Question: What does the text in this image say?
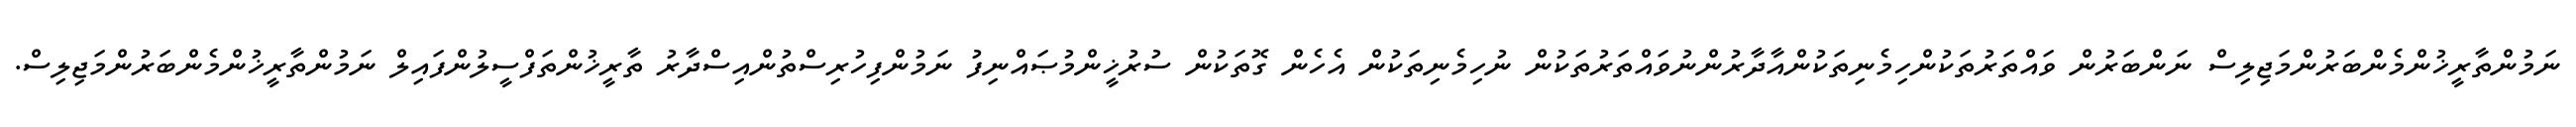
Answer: ނަމުންތާރީޚުންމެންބަރުންމަޖިލިސް ނަންބަރުން ވައްތަރުތަކުންހިމެނިތަކުންއާދާރުންނުވައްތަރުތަކުން ނުހިމެނިތަކުން އެހެން ގޮތަކުން ސުރުޚީންމުޞައްނިފު ނަމުންފިހުރިސްތުންއިސްދާރު ތާރީޚުންތަފްސީލުންފައިލް ނަމުންތާރީޚުންމެންބަރުންމަޖިލިސް.